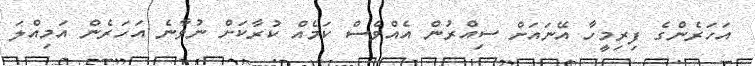
އަހަރެންގެ ފިރިމީހާ އޭނައަށް ސިއްރުން އެއްވެސް ކަމެއް ކުރާކަށް ނުވާނެ އަހަރެން އަމިއްލަ